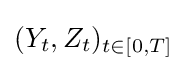
(Y_{t},Z_{t})_{t\in [0,T]}